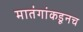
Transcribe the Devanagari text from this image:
मातंगांकडूनच